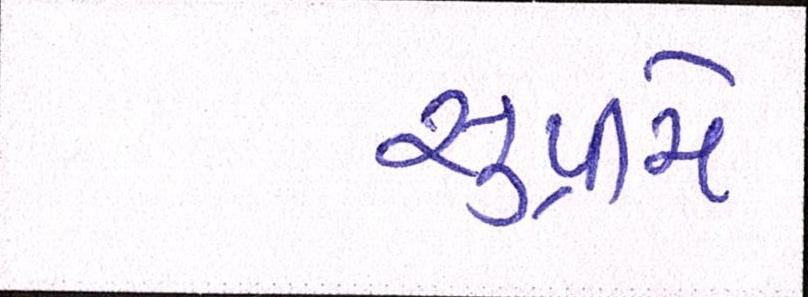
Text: સુપ્રીમે